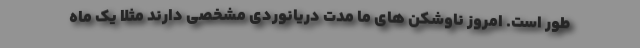
طور است. امروز ناوشکن های ما مدت دریانوردی مشخصی دارند مثلاً یک ماه